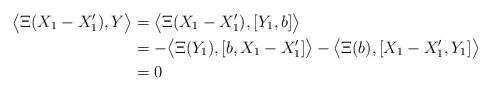
LaTeX: \begin{align*} \bigl\langle\Xi(X_1-X'_1),Y\bigr\rangle &=\bigl\langle\Xi(X_1-X'_1),[Y_1,b]\bigr\rangle\\ &=-\bigl\langle\Xi(Y_1),[b,X_1-X'_1]\bigr\rangle-\bigl\langle\Xi(b),[X_1-X'_1,Y_1]\bigr\rangle\\ &=0 \end{align*}